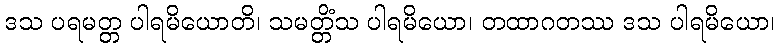
ဒသ ပရမတ္တ ပါရမိယောတိ၊ သမတ္တိံသ ပါရမိယော၊ တထာဂတဿ ဒသ ပါရမိယော၊